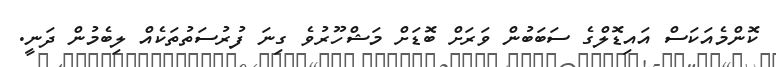
ކޮންމެއަކަސް އައިޑޮލްގެ ސަބަބުން ވަރަށް ބޮޑަށް މަޝްހޫރުވެ ގިނަ ފުރުސަތުތަކެއް ލިބެމުން ދަނީ.